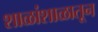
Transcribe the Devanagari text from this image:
शाळांशाळातून